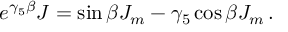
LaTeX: e ^ { \gamma _ { 5 } \beta } { \cal J } = \sin \beta J _ { m } - \gamma _ { 5 } \cos \beta J _ { m } \, .